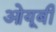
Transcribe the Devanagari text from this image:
ओयूबी